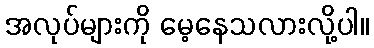
အလုပ်များကို မေ့နေသလားလို့ပါ။